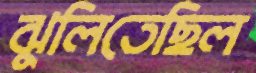
ঝুলিতেছিল